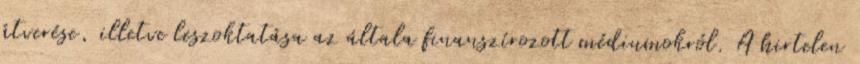
átverése, illetve leszoktatása az általa finanszírozott médiumokról. A hirtelen